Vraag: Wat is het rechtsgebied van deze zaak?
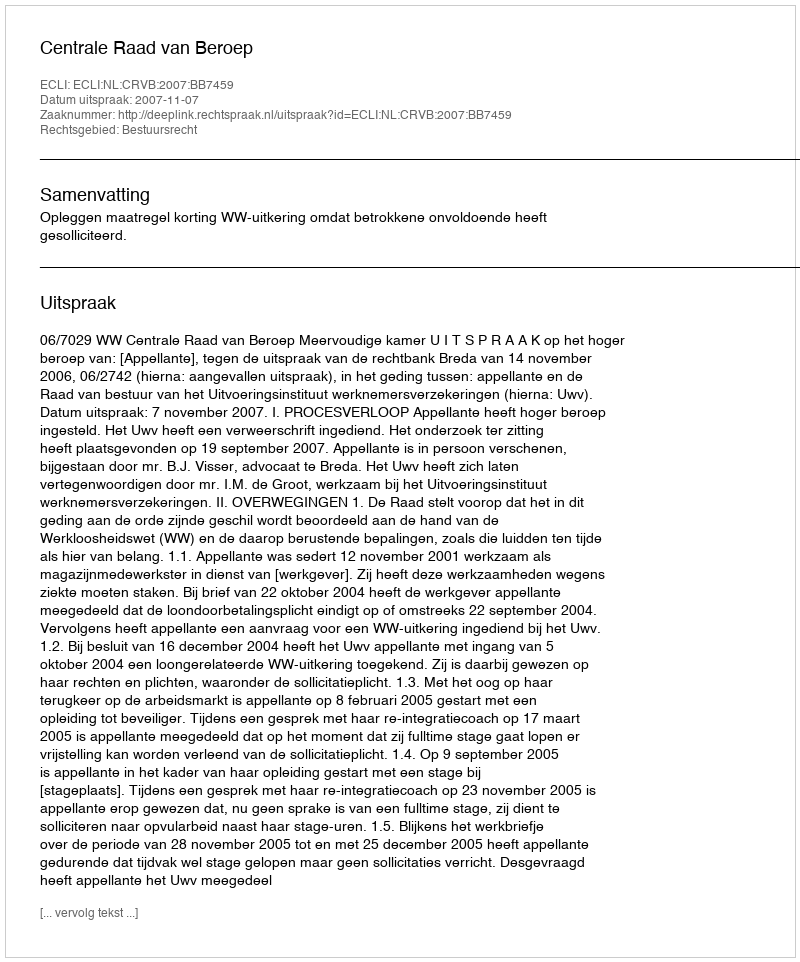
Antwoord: Bestuursrecht